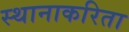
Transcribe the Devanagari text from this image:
स्थानाकरिता